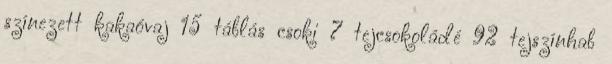
színezett kakaóvaj 15 táblás csoki 7 tejcsokoládé 92 tejszínhab